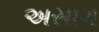
અસાગ